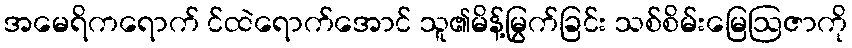
အမေရိကရောက် င်ထဲရောက်အောင် သူ၏မိန့်မြွက်ခြင်း သစ်စိမ်းမြေဩဇာကို